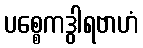
ပစ္စေကဒွါရဗာဟံ